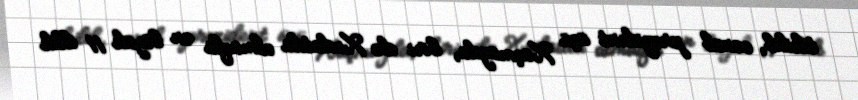
tikilib, cənab prezident üçü Xaçmazda, biri də Xudatda olmaqla ən böyük 11 illik